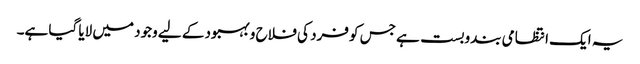
یہ ایک انتظامی بندوبست ہے جس کو فرد کی فلاح و بہبود کے لیے وجود میں لایا گیا ہے۔